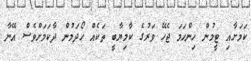
ކަމަށާއި ޓީމުން ހިންހަމަ ޖެހޭ ވަރުގެ ކާމިޔާބީ ތަކެއް ހޯދަމުން ދާކަމަށްވެސް އޭނާ